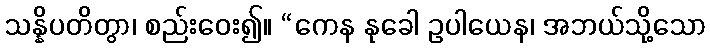
သန္နိပတိတွာ၊ စည်းဝေး၍။ “ကေန နုခေါ ဥပါယေန၊ အဘယ်သို့သော